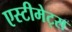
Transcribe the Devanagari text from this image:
एस्टीमेट्स